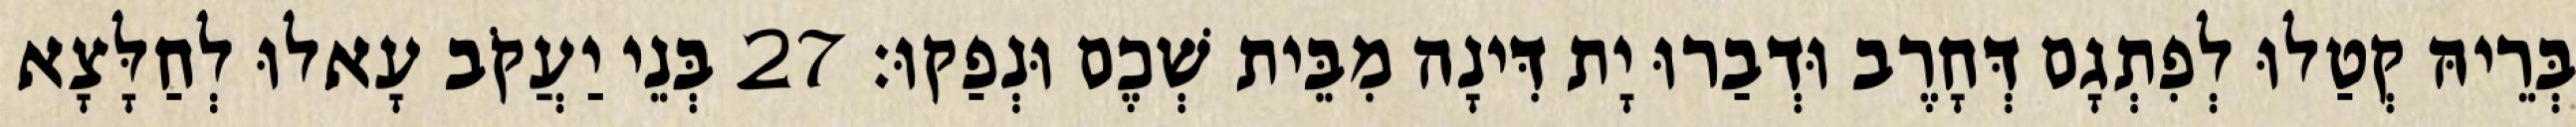
בְּרֵיהּ קְטַלוּ לְפִתְגָם דְּחָרֶב וּדְבַרוּ יָת דִּינָה מִבֵּית שְׁכֶם וּנְפַקוּ׃ 27 בְּנֵי יַעֲקֹב עָאלוּ לְחַלָּצָא